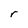
Character: r